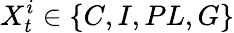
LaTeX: X_{t}^{i}\in\{ C,I,PL,G\}